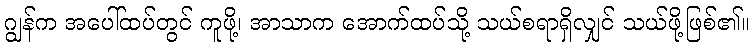
ဂျွန်က အပေါ်ထပ်တွင် ကူဖို့၊ အာသာက အောက်ထပ်သို့ သယ်စရာရှိလျှင် သယ်ဖို့ဖြစ်၏။